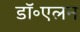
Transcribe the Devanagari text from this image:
डॉ॰एलन